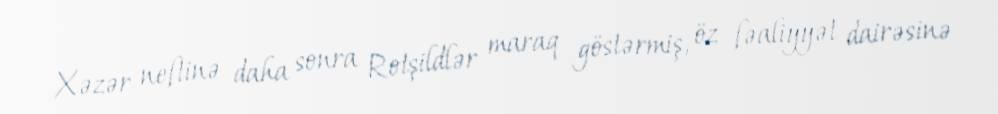
Xəzər neftinə daha sonra Rotşildlər maraq göstərmiş, öz fəaliyyət dairəsinə